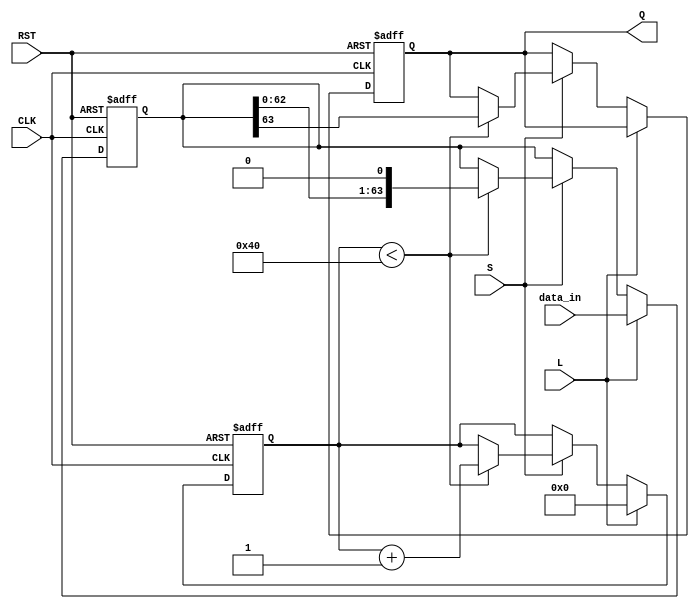
module PISO_Register (
    input wire [63:0] data_in,  // 64-bit input data
    input wire L,                // Load control signal
    input wire S,                // Shift control signal
    input wire CLK,              // Clock signal
    input wire RST,              // Reset signal
    output reg Q                 // Serial output
);

    reg [63:0] storage;          // Internal storage for 64-bit data
    reg [5:0] shift_count;       // Counter to track the number of bits shifted out

    always @(posedge CLK or posedge RST) begin
        if (RST) begin
            storage <= 64'b0;     // Clear storage on reset
            Q <= 1'b0;            // Set output to low
            shift_count <= 6'b0;  // Reset shift counter
        end else begin
            if (L) begin
                storage <= data_in; // Load data into storage
                shift_count <= 6'b0; // Reset shift counter
            end else if (S) begin
                if (shift_count < 64) begin
                    Q <= storage[63]; // Output the MSB
                    storage <= {storage[62:0], 1'b0}; // Shift left
                    shift_count <= shift_count + 1; // Increment shift counter
                end
            end
        end
    end

endmodule